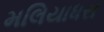
મલિયાધરા